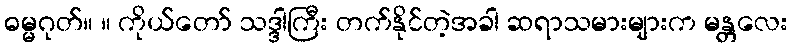
ဓမ္မဂုတ်။ ။ ကိုယ်တော် သဒ္ဒါကြီး တက်နိုင်တဲ့အခါ ဆရာသမားများက မန္တလေး